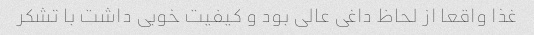
غذا واقعا از لحاظ داغی عالی بود و کیفیت خوبی داشت با تشکر